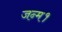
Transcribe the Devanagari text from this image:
जन्म१